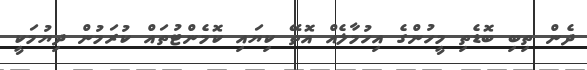
ދެން ތިބި ބޮޑެތި މީހުންގެ އިހުމާލެއް އޮތޭ ކިޔައި ކޮމެންޓުތައް ކުރަމުން ދިޔުމަކީ